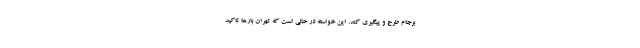
برجام طرح و پیگیری کند. این خواسته در حالی است که تهران بارها تاکید